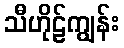
သီဟိုဠ်ကျွန်း